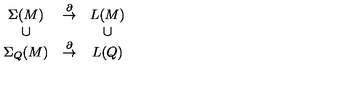
\begin{array} { c c c } { \Sigma ( M ) } & { \stackrel { \partial } { \to } } & { L ( M ) } \\ { \cup } & { } & { \cup } \\ { \Sigma _ { Q } ( M ) } & { \stackrel { \partial } { \to } } & { L ( Q ) } \\ \end{array}